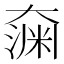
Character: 𫯶